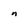
Character: n